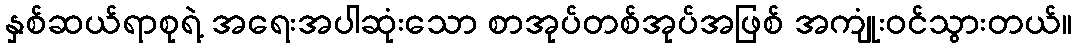
နှစ်ဆယ်ရာစုရဲ့ အရေးအပါဆုံးသော စာအုပ်တစ်အုပ်အဖြစ် အကျုံးဝင်သွားတယ်။